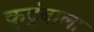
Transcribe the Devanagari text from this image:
कुटूंबाला